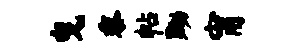
曳黍帖黝甯